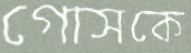
গোসকে